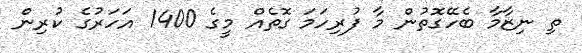
ތި ނިޒާމާ ބެހޭގޮތުން މާ ފުރިހަމަ ގޮތެއް މީގެ 1400 އަހަރުގެ ކުރިން